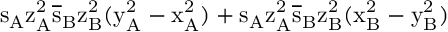
\mathrm { s _ { A } \mathrm { z _ { A } ^ { 2 } \mathrm { \overline { { s } } _ { B } \mathrm { z _ { B } ^ { 2 } ( \mathrm { y _ { A } ^ { 2 } - \mathrm { x _ { A } ^ { 2 } ) + \mathrm { s _ { A } \mathrm { z _ { A } ^ { 2 } \mathrm { \overline { { s } } _ { B } \mathrm { z _ { B } ^ { 2 } ( \mathrm { x _ { B } ^ { 2 } - \mathrm { y _ { B } ^ { 2 } ) } } } } } } } } } } } }